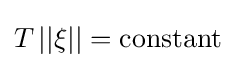
T\,||\xi ||=\mathrm {constant}